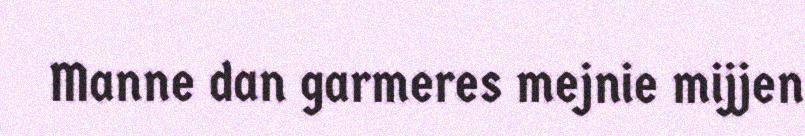
Manne dan garmeres mejnie mijjen